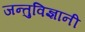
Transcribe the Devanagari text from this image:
जन्तुविज्ञानी